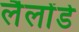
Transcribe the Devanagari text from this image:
लैलोंडे